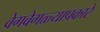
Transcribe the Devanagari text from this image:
वेगवेगळ्याप्रकारे